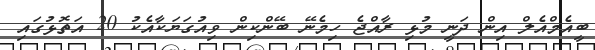
ބީއެމްއެލް އިން ދަނީ މުޅި ރާއްޖެ ހިމެނޭ ބޭންކިން ވިއުގަޔަކާއެކު 20 އަތޮޅުގައި